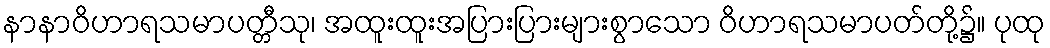
နာနာဝိဟာရသမာပတ္တီသု၊ အထူးထူးအပြားပြားများစွာသော ဝိဟာရသမာပတ်တို့၌။ ပုထု